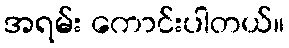
အရမ်း ကောင်းပါတယ်။